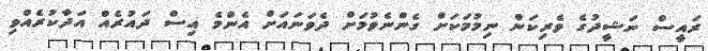
ރައީސް ނަޝީދުގެ ވެރިކަން ނިމުމަކަށް ގެންނެވުމަށް ދެވަނައަށް އެންމެ އިސް ދައުރެއް އަދާކުރެއްވި